Report on vaccination in Madras 1922-1929 - 1922-1929
Year: 1922
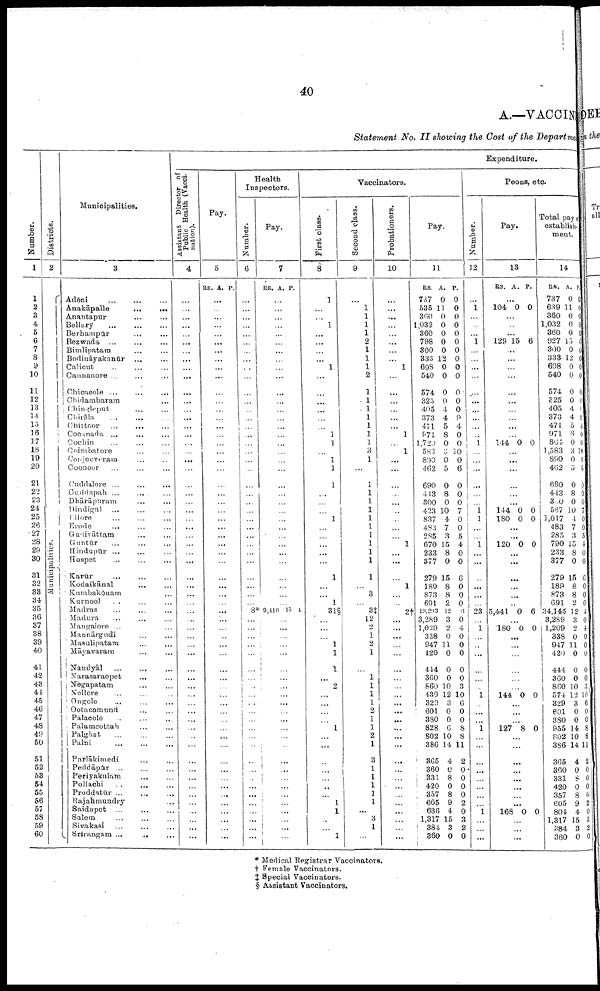
40
A.—VACCINE
Statement No. II showing the Cost of the Department
Number.
1
1
2
3
4
5
6
7
8
9
10
11
12
13
14
13
16
17
18
19
20
21
22
23
24
25
26
27
28
29
30
31
32
33
34
35
36
37
38
39
40
41
42
43
44
45
46
47
48
49
50
51
52
68
54
55
56
57
58
59
60
Districts.
2
Municipalities.
Municipalities.
3
Adōni... ... ...
Anakāpalle...
...
...
Anantapur... ... ...
Bellary...
...
...
Berhampūr... ... ...
Bezwada... ... ...
Bimlipatam... ... ...
Bodināyakanūr... ... ...
Calicut... ... ...
Cannanore... ... ...
Chicacole... ... ...
Chidambaram... ... ...
Chingleput... ... ...
Chirāla...
...
...
Chittoor... ... ...
Cocamada... ... ... ...
Cochin... ... ...
Coimbatore... ... ...
Conjeeveram... ... ...
Coonoor... ... ... ...
Cnddalore ...
...
...
Cuddapah... ... ......
Dhārāpuram... ... ... ...
Dindigul... ... ... ...
Ellore...
...
...
...
Erode... ... ... ...
Gudivāttam... ... ... ...
Guntūr... ... ... ...
Hindupūr... ... ...
Hospet... ... ... ...
Karūr... ... ... ...
Kodaikānal... ... ... ...
Kumbakōnam... ... ...
Kurnool... ... ... ...
Madras... ... ...
Madura... ... ... ...
Mangalore... ... ...
Mannārgudi... .... ...
Masulipatam... ... ...
Māyavaram... ... ...
Nandyāl
...
...
Narasaraopet... ... ... ...
Negapatam... ... ... ...
Nellore... ... ...
Ongole... ... ...
Ootacamund... ... ...
Palacolo... ... ...
Palamcottah... ... ...
Palghat...
...
...
Palni...
...
...
Parlākimedi... ... ...
Peddāpūr... ... ...
Periyakulam... ... ...
Pollachi...
...
...
Proddatūr... ......
Rajahmundry... ...
Saidapet... ... ...
Salem... ... ...
Sivakasi... ... ...
Srirangam... ... ... ...
Expenditure.
Assistant Director of
Public Health. (Vacci
nation).
4
...
...
...
...
...
...
...
...
...
...
...
...
...
...
...
... ...
...
...
...
...
...
...
...
...
...
...
...
...
...
...
...
...
...
...
...
...
...
...
...
...
...
...
...
...
...
...
...
...
...
...
...
...
...
...
...
...
...
...
...
Pay.
5
RS. A. P.
...
...
...
...
...
...
...
... ...
...
...
...
...
...
...
...
...
...
...
...
...
...
...
...
...
...
...
...
...
...
...
...
...
...
...
...
...
...
...
...
...
...
...
...
...
...
...
...
...
...
...
...
...
...
...
...
...
...
...
...
Health
Inspectors.
Number.
6
...
...
...
...
...
...
...
... ...
...
...
...
...
...
...
...
...
...
...
...
...
...
...
...
...
...
...
...
...
...
...
...
...
...
8*
...
...
...
...
...
...
...
...
...
...
...
...
...
...
...
...
...
...
...
...
...
...
...
...
...
Pay.
7
RS. A. P.
...
...
...
...
...
...
...
... ...
...
...
...
...
...
...
...
...
...
...
...
...
...
...
...
...
...
...
...
...
...
...
...
...
...
9,410 15 4
...
...
...
...
...
...
...
...
...
...
...
...
...
...
...
...
...
...
...
...
...
...
...
...
...
Vaccinators.
First class.
8
1
...
...
1
...
...
...
...
1
...
...
...
...
...
...
1
1
...
1
1
1
...
...
...
1
...
...
...
...
...
1
...
...
1
31§
...
...
...
1
1
1
...
2
...
...
...
...
1
...
...
...
...
...
...
...
1
1
...
...
1
Second class.
9
...
1
1
1
1
2
1
1
1
2
1
1
1
1
1
1
1
3
1
...
1
1
1
1
1
1
1
1
1
1
1
...
3
...
3‡
12
2
1
2
1
...
1
1
1
1
2
1
1
2
1
3
1
1
1
1
1
...
3
1
...
Probationers.
10
...
...
...
...
...
...
...
...
1
...
...
...
...
...
...
1
...
1
...
...
...
...
...
...
...
...
...
1
...
...
...
1
...
...
2†
...
...
...
...
...
...
...
...
...
...
...
...
...
...
...
...
...
...
...
...
...
...
...
...
...
Pay.
11
RS.
737
535
360
1,032
360
798
300
333
698
540
574
325
405
373
471
971
1,720
583
890
462
690
443
300
423
837
483
285
670
233
377
279
189
873
691
l9,293
3,289
1,029
338
947
420
414
360
860
430
329
601
380
828
802
386
365
360
331
420
357
605
636
1,317
384
360
A.
0
11
0
0
0
0
0
12
0
0
0
0
4
4
5
8
0
6
0
5
0
8
0
10
4
7
3
15
8
0
15
8
8
2
12
3
2
0
11
0
0
0
10
12
3
0
0
6
10
14
4
0
8
0
8
9
4
15
3
0
P.
0
0
0
0
0
0
0
0
0
0
0
0
0
9
4
0
0
10
0
6
0
0
0
7
0
0
5
4
0
0
6
0
0
0
6
0
4
0
0
0
0
0
3
10
6
0
0
8
8
11
2
0
0
0
0
2
0
3
2
0
Peons, etc
Number.
12
...
1
...
...
... 1
...
...
...
...
...
...
...
...
...
...
1
...
...
...
...
...
...
1 1
...
...
1
...
...
...
...
...
...
23
...
1
...
...
...
...
...
...
1
...
...
...
1
...
...
...
...
...
...
...
...
1
...
...
...
Pay.
13
RS. A. P.
...
104 0 0
...
...
...
129 15 6
...
...
...
...
...
...
...
...
...
...
144 0 0
...
...
...
...
...
...
144
180
0
0
0
0
...
...
120 0 0
...
...
...
...
...
...
5,441 0 6
...
180 0 0
...
...
...
...
...
...
144 0 0
...
...
...
127 8 0
...
...
...
...
...
...
...
...
168 0 0
...
...
...
Total pay of
establish
ment.
14
RS.
737
639
360
1,032
360
927
300
338
698
540
574
325
405
373
471
971
864
1,583
890
462
690
443
300
587
1,017
483
285
790
233
377
279
189
873
691
34,145
3,289
1,209
338
947
420
444
360
860
571
329
601
380
955
802
386
365
360
331
420
357
605
804
1,317
384
360
A.
0
11
0
0
0
15
0
12
0
0
0
0
4
4
5
8
0
3
0
5
0
8
0
10
4
7
3
15
8
0
15
8
8
2
12
3
2
0
11
0
0
0
10
12
3
0
0
14
10
14
4
0
8
0
8
9
4
15
3
0
P.
0
0
0
0
0
6
0
0
0
0
0
0
0
9
4
0
0
10
0
6
0
0
0
7
0
0
5
4
0
0
6
0
0
0
4
0
4
0
0
0
0
0
3
10
6
0
0
8
8
11
2
0
0
0
0
2
0
3
2
0
* Medical Registrar Vaccinators.
† Female Vaccinators.
‡ Special Vaccinators.
§ Assistant Vaccinators.